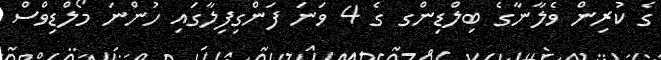
ގެ ކުރިން ވެލާނާގެ ބިލްޑިންގ ގެ 4 ވަނަ ފަންގިފިލާގައި ހުންނަ މޯލްޑިވްސް